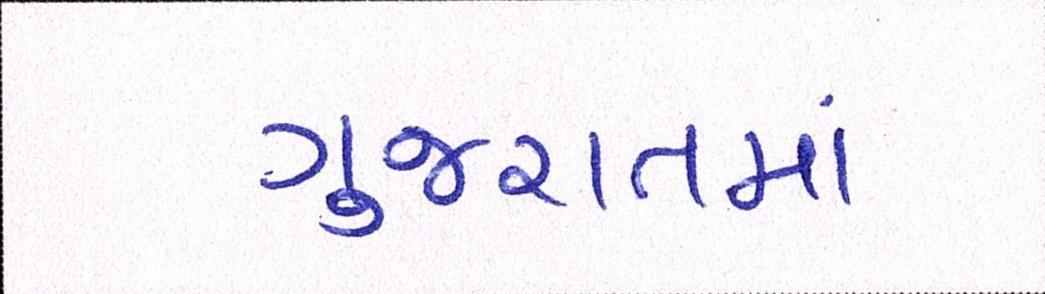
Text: ગુજરાતમાં